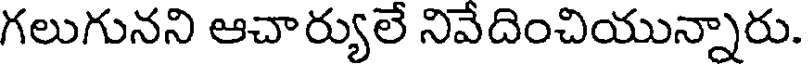
గలుగునని ఆచార్యులే నివేదించియున్నారు.